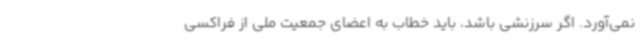
نمی‌آورد. اگر سرزنشی باشد، باید خطاب به اعضای جمعیت ملی از فراکسی